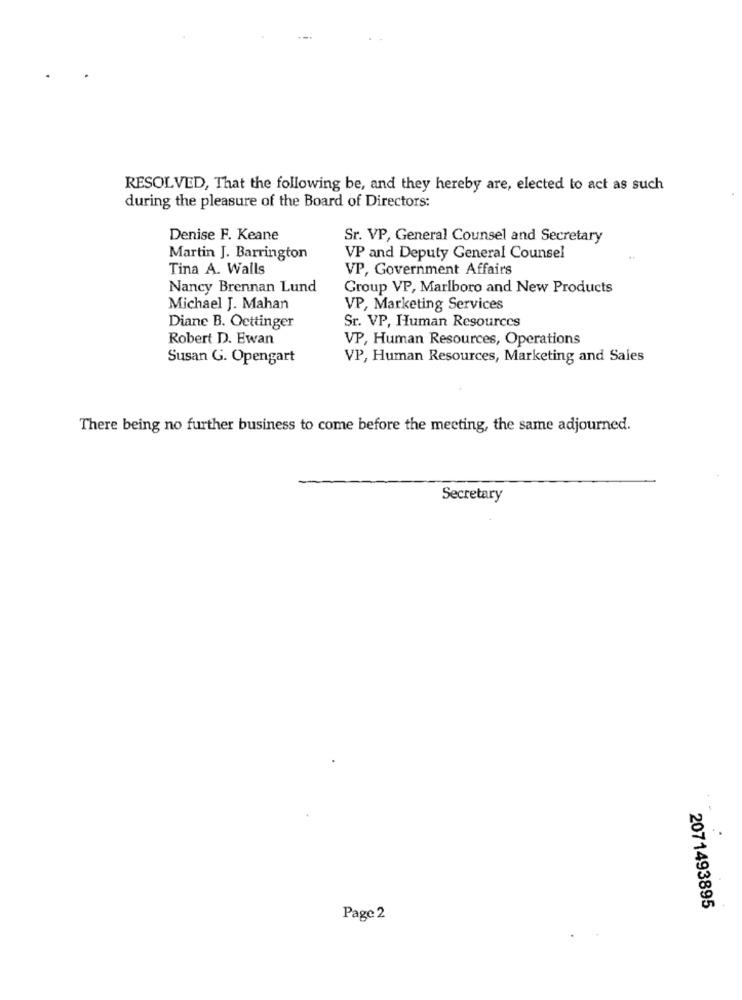
RESOLVED, That the following be, and they hereby are, elected to act as such
during the pleasure of the Board of Directors:
Denise F. Keane
Sr. VP, General Counsel and Secretary
Martin J. Barrington
VP and Deputy General Counsel
Tina A. Walls
VP, Government Affairs
Nancy Brennan Lund
Group VP, Marlboro and New Products
Michael J. Mahan
VP, Marketing Services
Diane B. Oettinger
Sr. VP, Human Resources
Robert D. Ewan
VP, Human Resources, Operations
Susan G. Opengart
VP, Human Resources, Marketing and Sales
There being no further business to come before the meeting, the same adjourned.
Secretary
2071493895
Page 2